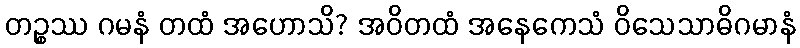
တဉ္စဿ ဂမနံ တထံ အဟောသိ? အဝိတထံ အနေကေသံ ဝိသေသာဓိဂမာနံ